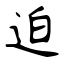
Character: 迫